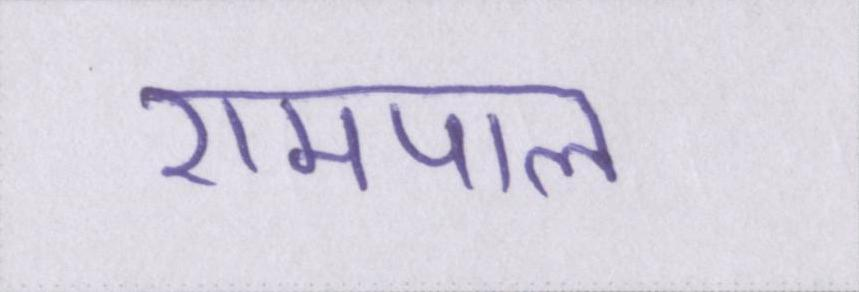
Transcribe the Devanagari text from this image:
रामपाल